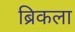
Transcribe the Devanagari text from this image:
ब्रिकला